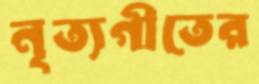
নৃত্যগীতের